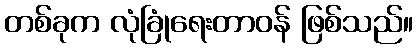
တစ်ခုက လုံခြုံရေးတာဝန် ဖြစ်သည်။